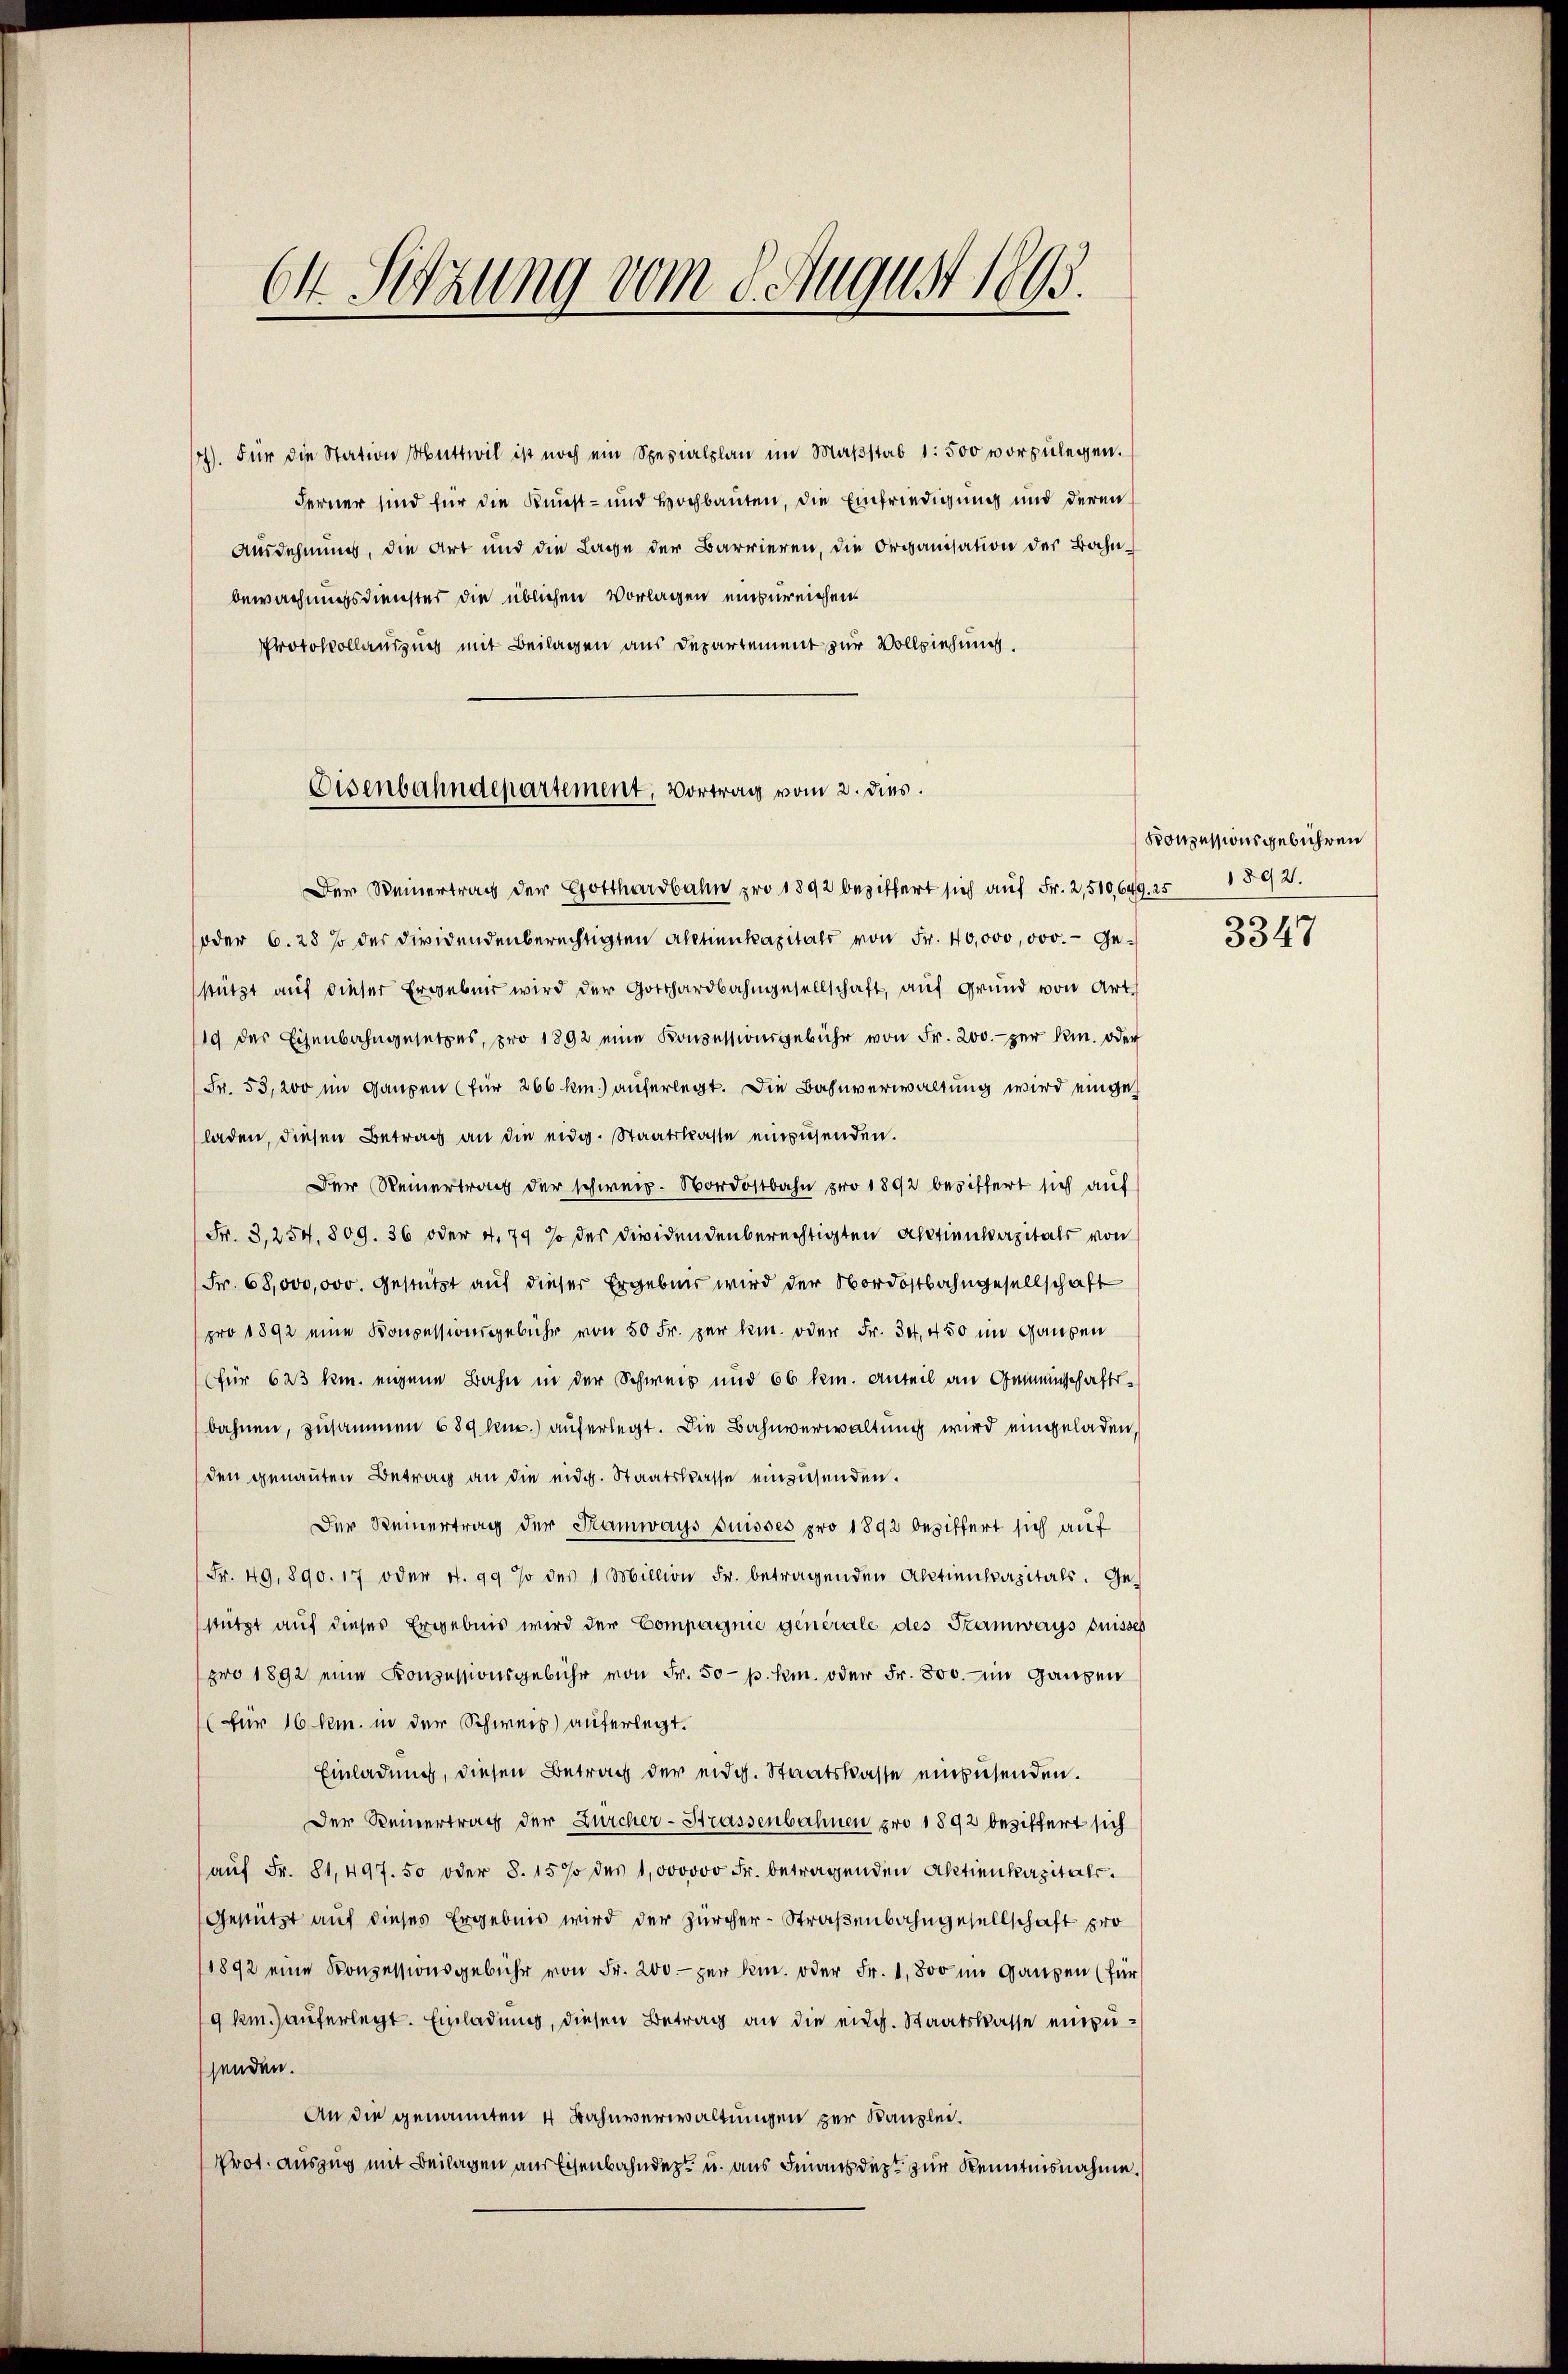
64 Sitzung vom 8. August 1895.

4). Für die Station Muttwil ist noch ein Spezialplan im Maβstab 1: 500 vorzŭlegen.
Ferner sind für die Kunst- und Hochbauten, die Einfriedigung und deren
Ausdehnung, die Art und die Lage der Barrieren, die Organisation der Bahn-
bewachungsdienster die üblichen Vorlagen einzureichen.
Protokollausung mit Beilagen aus Departement zur Vollziehung.
Der Weinertrag der Gotthardbahn pro 1892 beziffert sich auf Fr. 2,510,649, 25 1892.
oder 6. 28 % der dividendenberechtigten Aktienkapitals von Fr. 40,000,000.- Gestützt auf dieser Ergebnis wird der Gotthardbahngesellschaft, auf Grund von Art.
19 des Eisenbahngesetzes, pro 1892 eine Konsessionsgebühr von Fr. 200.- zŭr Kr. oder
Fr. 53,200 im Ganzen (für 266 km.) auferlegt. Die Bahnverwaltung wird eingeladen, diesen Betrag an die eidg. Staatskasse einzusenden.
Der Reinertrag der schweiz. Nordostbahn pro 1892 besiffert sich auf
Fr. 3,254, 809. 36 oder 4. 79 so der dividendenberechtigten Aktienkapitals von
Fr. 68,000,000. Gestützt auf dieser Ergebnis wird der Nordostbahngesellschaft
pro 1892 eine Konzessionsgebühr von 50 Fr. per k. oder Fr. 30. 450 im Ganzen
(für 623 km. eigene Bahn in der Schweiz und 66 km. Anteil an Gemeinschaftsbahnen, zusammen 689 kn.) auferlegt. Die Bahnverwaltung wird eingeladen,
den genannten Betrag an die eidg. Staatskasse einzusenden.
Der Reinertrag der Ramways Suisses pro 1892 beziffert sich auf
Fr. 49. 890. 17 oder 4. 99 % des 1 Million Fr. betragenden Aktienkapitals. Gestützt auf dieses Ergebnis wird der Compagnie generale des Tramways puisses
pro 1892 eine Konzessionsgebühr von Fr. 50 p. hin. oder Fr. 800. im Ganzen
(für 16 km. in der Schweiz) auferlegt.
Einladung, diesen Betrag der eidg. Staatskasse einzusenden.
Der Reinertrag der Durcher-Strassenbahnen pro 1892 beziffert sich
aŭf Fr. 81,497. 50 oder S. 15% des 1000000 Fr. betragenden Aktienkapitals.
Gestützt auf dieses Ergebnis wird der Zürcher-Straßenbahngesellschaft pro
1892 eine Konzessionsgebühr von Fr. 200.- per k. oder Fr. 1,800 im Ganzen (für
19 km.) auferlegt. Einladung, diesen Betrag an die eidg. Staatskasse einzusenden.
An die genannten 4 Bahnverwaltungen zur Kanzlei¬
Prot. auszug mit Beilagen aus Eisenbahndet u. aus Finanzdept zur Kenntnisnahme.

Eisenbahndepartement, Vortrag vom 2. dies

Konzessionsgebühren

3347